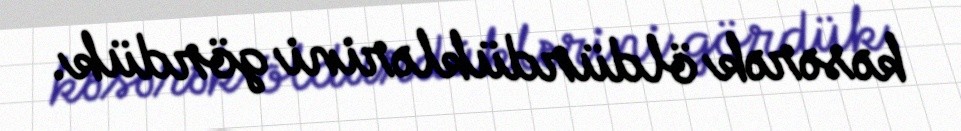
kəsərək öldürdüklərini gördük.